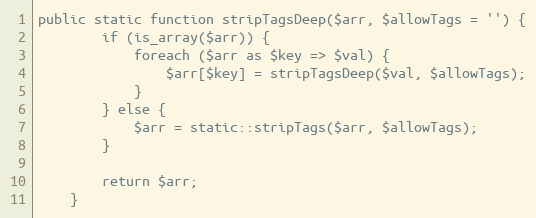
Language: PHP
public static function stripTagsDeep($arr, $allowTags = '') {
		if (is_array($arr)) {
			foreach ($arr as $key => $val) {
				$arr[$key] = stripTagsDeep($val, $allowTags);
			}
		} else {
			$arr = static::stripTags($arr, $allowTags);
		}

		return $arr;
	}